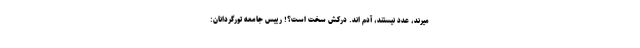
میرند، عدد نیستند، آدم اند. درکش سخت است؟! رییس جامعه تورگردانان: